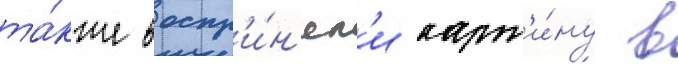
та́кже воспр'и́н'ял'и карт'и́ну в